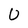
Character: U